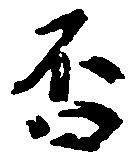
否